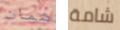
ضمان شامة